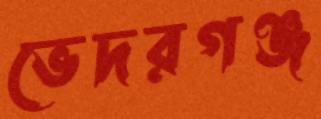
ভেদরগঞ্জ